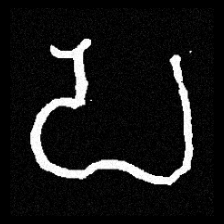
Pyu character \u2014 Myanmar letter: ပ (romanized: pa)